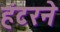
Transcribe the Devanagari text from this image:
हंटरने